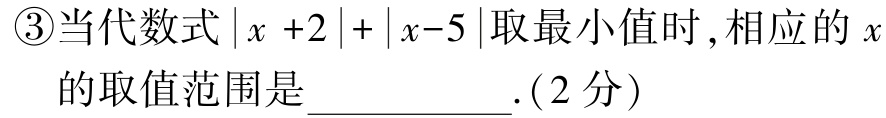
\textcircled{3}当代数式\(\vert x +2\vert+\vert x - 5\vert\)取最小值时,相应的\(x\)的取值范围是____________.(2分)